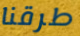
طرقنا